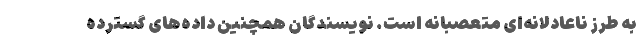
به طرز ناعادلانه‌ای متعصبانه است. نویسندگان همچنین داده‌های گسترده